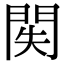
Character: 𨳺